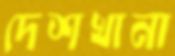
দেশখানা